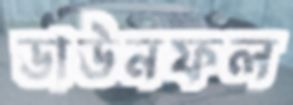
ডাউনফল